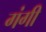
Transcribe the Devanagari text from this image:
गंगी